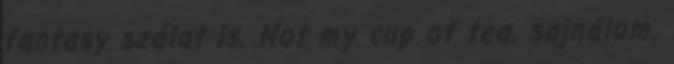
fantasy szálat is. Not my cup of tea, sajnálom.